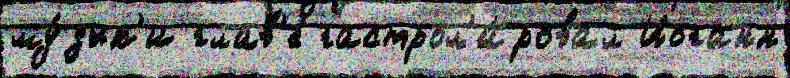
му́зык'и глав'е́ гастрол'и́ровал Иоганн